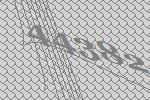
44382